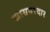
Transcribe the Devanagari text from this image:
खासबरदार